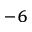
^ { - 6 }